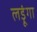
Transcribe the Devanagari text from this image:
लड़ूंगा